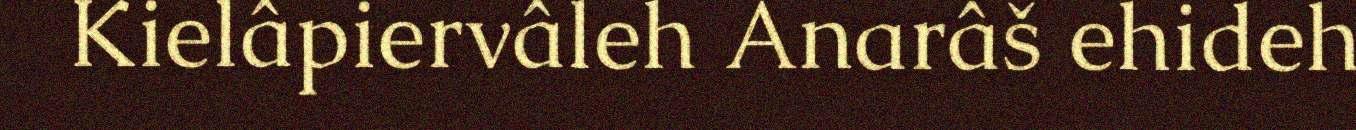
Kielâpiervâleh Anarâš ehideh